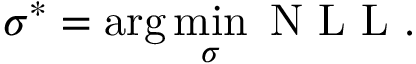
\boldsymbol { \sigma } ^ { \ast } = \arg \operatorname* { m i n } _ { \boldsymbol { \sigma } } \textrm { N L L } .